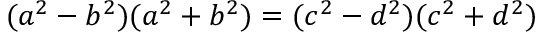
( a ^ { 2 } - b ^ { 2 } ) ( a ^ { 2 } + b ^ { 2 } ) = ( c ^ { 2 } - d ^ { 2 } ) ( c ^ { 2 } + d ^ { 2 } )